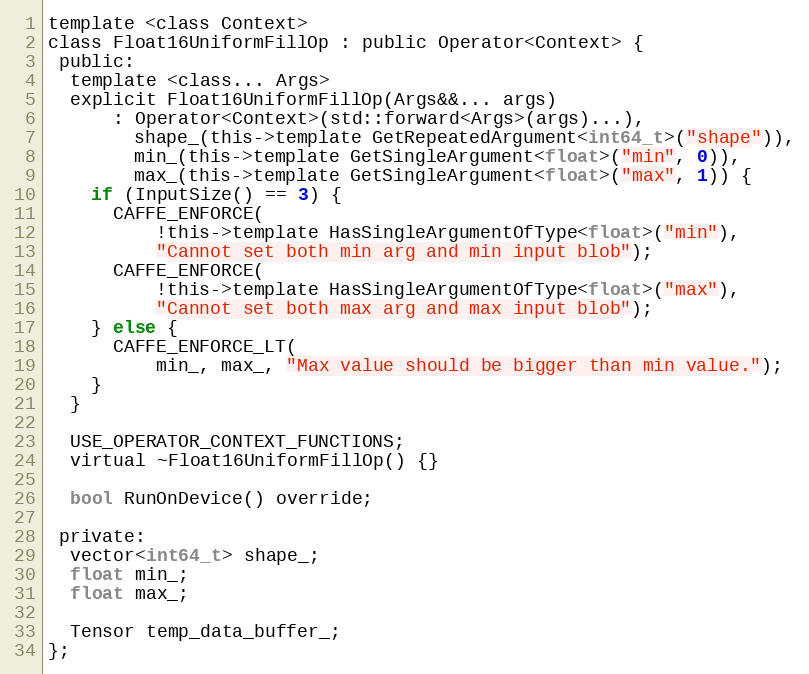
Language: C
template <class Context>
class Float16UniformFillOp : public Operator<Context> {
 public:
  template <class... Args>
  explicit Float16UniformFillOp(Args&&... args)
      : Operator<Context>(std::forward<Args>(args)...),
        shape_(this->template GetRepeatedArgument<int64_t>("shape")),
        min_(this->template GetSingleArgument<float>("min", 0)),
        max_(this->template GetSingleArgument<float>("max", 1)) {
    if (InputSize() == 3) {
      CAFFE_ENFORCE(
          !this->template HasSingleArgumentOfType<float>("min"),
          "Cannot set both min arg and min input blob");
      CAFFE_ENFORCE(
          !this->template HasSingleArgumentOfType<float>("max"),
          "Cannot set both max arg and max input blob");
    } else {
      CAFFE_ENFORCE_LT(
          min_, max_, "Max value should be bigger than min value.");
    }
  }

  USE_OPERATOR_CONTEXT_FUNCTIONS;
  virtual ~Float16UniformFillOp() {}

  bool RunOnDevice() override;

 private:
  vector<int64_t> shape_;
  float min_;
  float max_;

  Tensor temp_data_buffer_;
};